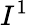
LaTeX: I^{1}